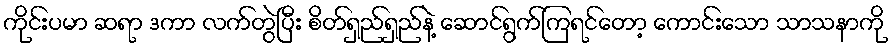
ကိုင်းပမာ ဆရာ ဒကာ လက်တွဲပြီး စိတ်ရှည်ရှည်နဲ့ ဆောင်ရွက်ကြရင်တော့ ကောင်းသော သာသနာကို